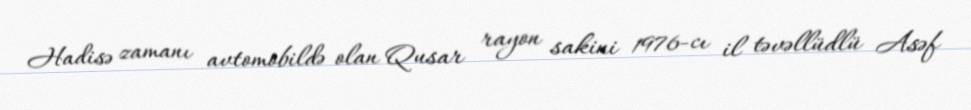
Hadisə zamanı avtomobildə olan Qusar rayon sakini 1976-cı il təvəllüdlü Asəf